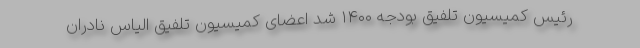
رئیس کمیسیون تلفیق بودجه ۱۴۰۰ شد اعضای کمیسیون تلفیق الیاس نادران